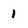
Character: 1